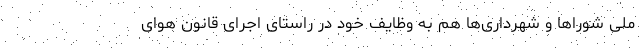
ملی شوراها و شهرداری‌ها هم به وظایف خود در راستای اجرای قانون هوای